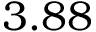
3 . 8 8